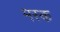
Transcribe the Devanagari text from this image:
मस्‍क